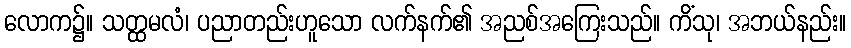
လောက၌။ သတ္ထမလံ၊ ပညာတည်းဟူသော လက်နက်၏ အညစ်အကြေးသည်။ ကိံသု၊ အဘယ်နည်း။